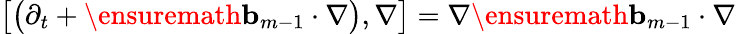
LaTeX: \bigl[\bigl(\partial_{t}+\ensuremath{\mathbf{b}}_{m-1}\cdot\nabla\bigr),\nabla\bigr]=\nabla\ensuremath{\mathbf{b}}_{m-1}\cdot\nabla